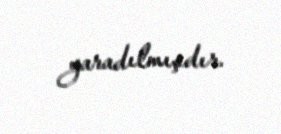
yaradılmışdır.